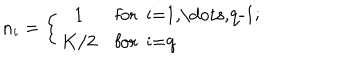
LaTeX: n _ { i } = \left\{ \begin{array} { c l } { { 1 } } & { { \mathrm { f o r ~ i = 1 , \dots , q - 1 ; ~ } } } \\ { { K / 2 } } & { { \mathrm { f o r ~ i = q ~ } } } \\ \end{array} \right.